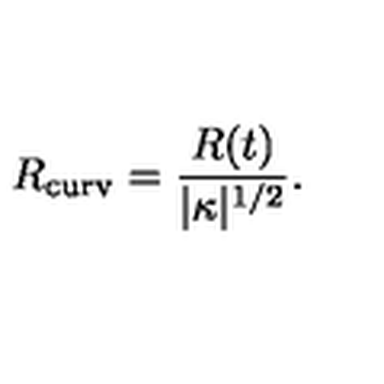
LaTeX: { R _ { \mathrm { c u r v } } = { \frac { R ( t ) } { | \kappa | ^ { 1 / 2 } } } } .